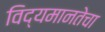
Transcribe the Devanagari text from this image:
विद्यमानतेचा